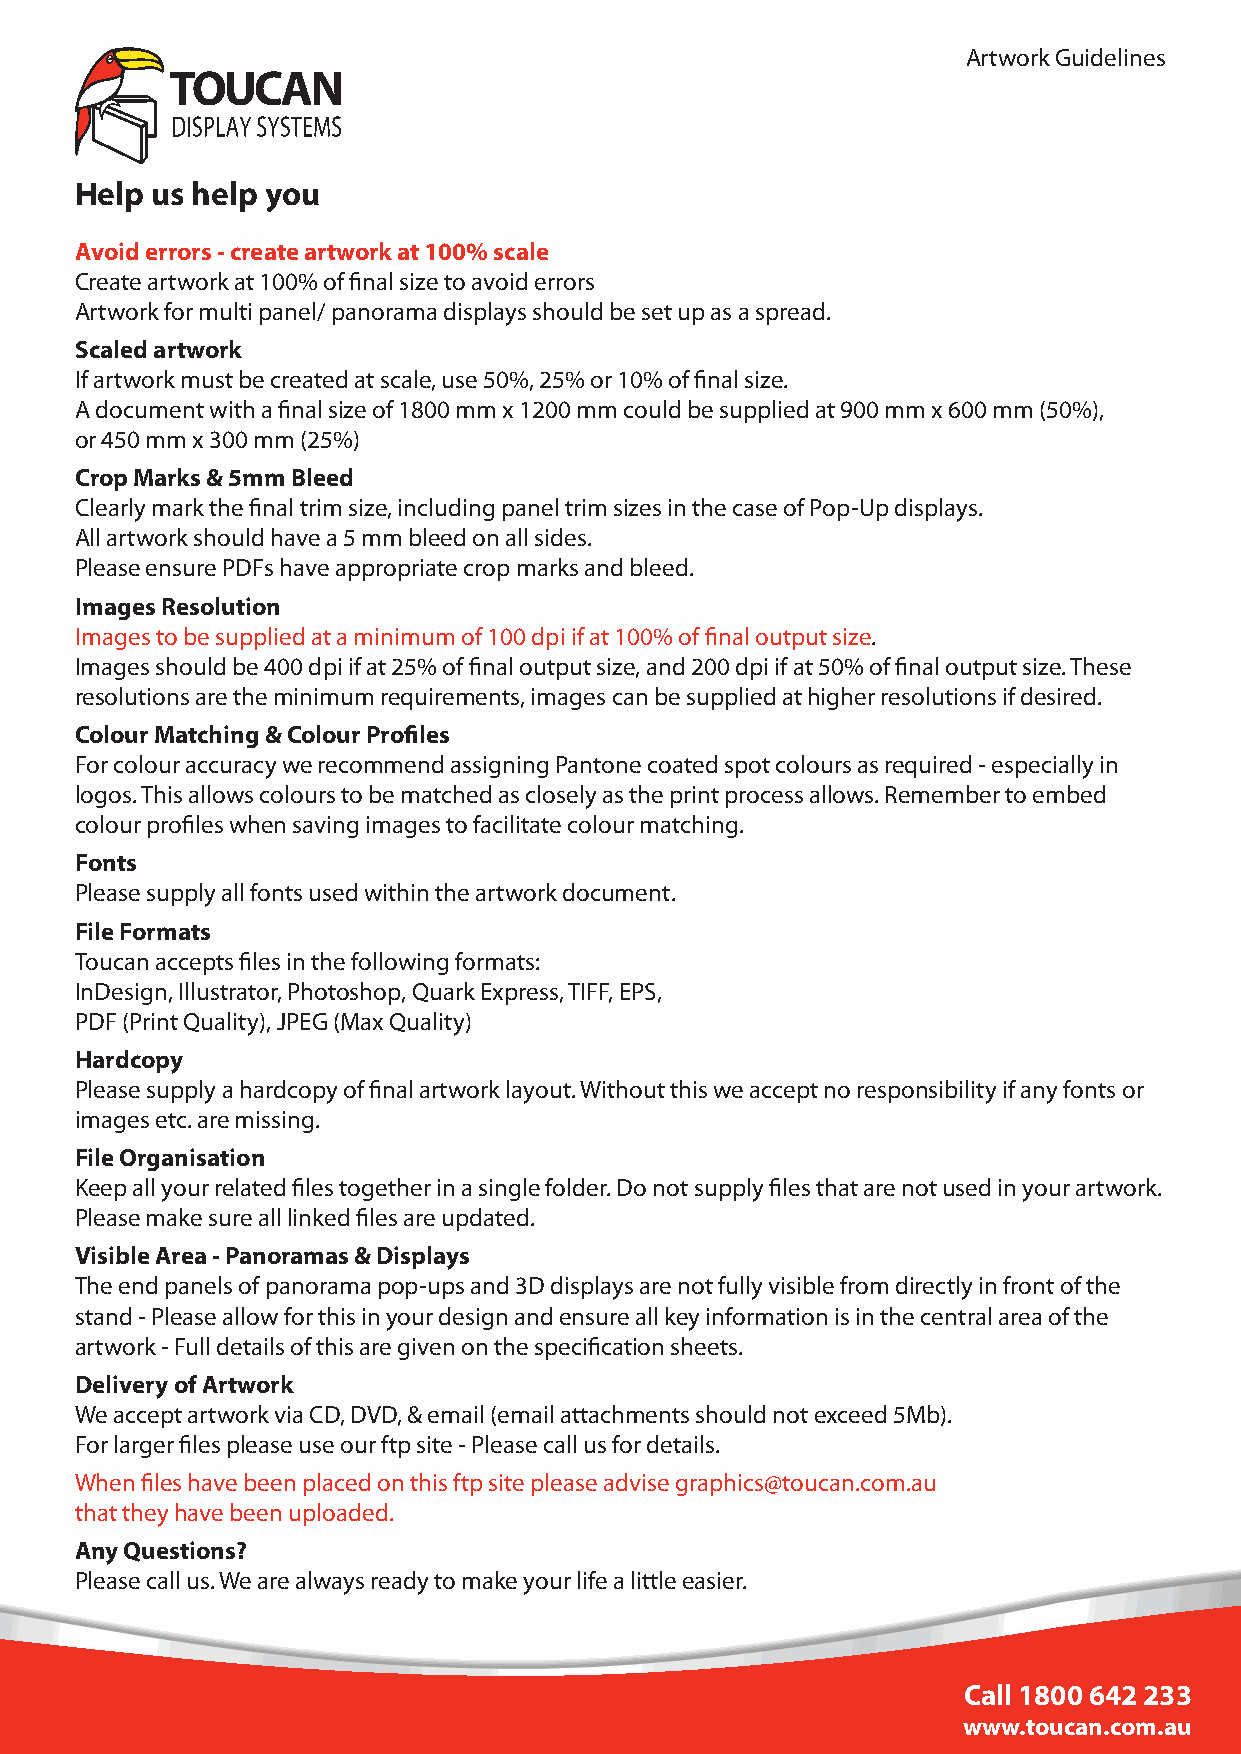
Artwork Guidelines
 Help us help you
 Avoid errors - create artwork at 100% scale
 Create artwork at 100% of final size to avoid errors
 Artwork for multi panel/ panorama displays should be set up as a spread.
 Scaled artwork
 If artwork must be created at scale, use 50%, 25% or 10% of final size.
 A document with a final size of 1800 mm x 1200 mm could be supplied at 900 mm x 600 mm (50%),
 or 450 mm x 300 mm (25%)
 Crop Marks & 5mm Bleed
 Clearly mark the final trim size, including panel trim sizes in the case of Pop-Up displays.
 All artwork should have a 5 mm bleed on all sides.
 Please ensure PDFs have appropriate crop marks and bleed.
 Images Resolution
 Images to be supplied at a minimum of 100 dpi if at 100% of final output size.
 Images should be 400 dpi if at 25% of final output size, and 200 dpi if at 50% of final output size. These
 resolutions are the minimum requirements, images can be supplied at higher resolutions if desired.
 Colour Matching & Colour Profiles
 For colour accuracy we recommend assigning Pantone coated spot colours as required - especially in
 logos. This allows colours to be matched as closely as the print process allows. Remember to embed
 colour profiles when saving images to facilitate colour matching.
 Fonts
 Please supply all fonts used within the artwork document.
 File Formats
 Toucan accepts files in the following formats:
 InDesign, Illustrator, Photoshop, Quark Express, TIFF, EPS,
 PDF (Print Quality), JPEG (Max Quality)
 Hardcopy
 Please supply a hardcopy of final artwork layout. Without this we accept no responsibility if any fonts or
 images etc. are missing.
 File Organisation
 Keep all your related files together in a single folder. Do not supply files that are not used in your artwork.
 Please make sure all linked files are updated.
 Visible Area - Panoramas & Displays
 The end panels of panorama pop-ups and 3D displays are not fully visible from directly in front of the
 stand - Please allow for this in your design and ensure all key information is in the central area of the
 artwork - Full details of this are given on the specification sheets.
 Delivery of Artwork
 We accept artwork via CD, DVD, & email (email attachments should not exceed 5Mb).
 For larger files please use our ftp site - Please call us for details.
 When files have been placed on this ftp site please advise graphics@toucan.com.au
 that they have been uploaded.
 Any Questions?
 Please call us. We are always ready to make your life a little easier.
 Call 1800 642 233
 www.toucan.com.au